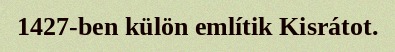
1427-ben külön említik Kisrátot.